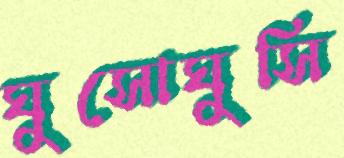
ঘুসোঘুসি